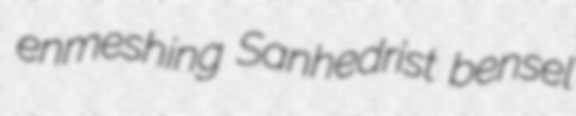
enmeshing Sanhedrist bensel